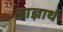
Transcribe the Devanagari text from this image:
आज्ञार्थ